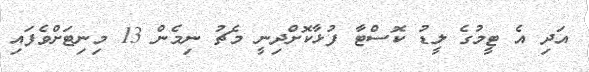
އަދި އެ ޓީމުގެ ލީޑު ކޮސްޓާ ފުޅާކޮށްދިނީ މެޗު ނިމެން 13 މިނިޓަށްވެފައި